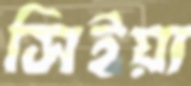
সিইয়া